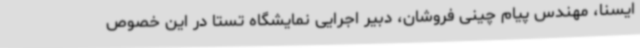
ایسنا، مهندس پیام چینی فروشان، دبیر اجرایی نمایشگاه تستا در این خصوص